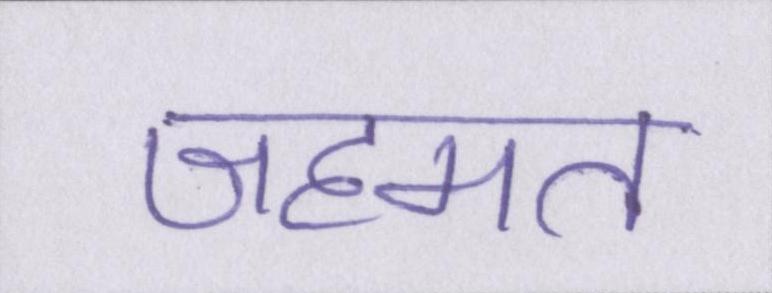
जहमत